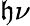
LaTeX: \mathfrak{h}\nu